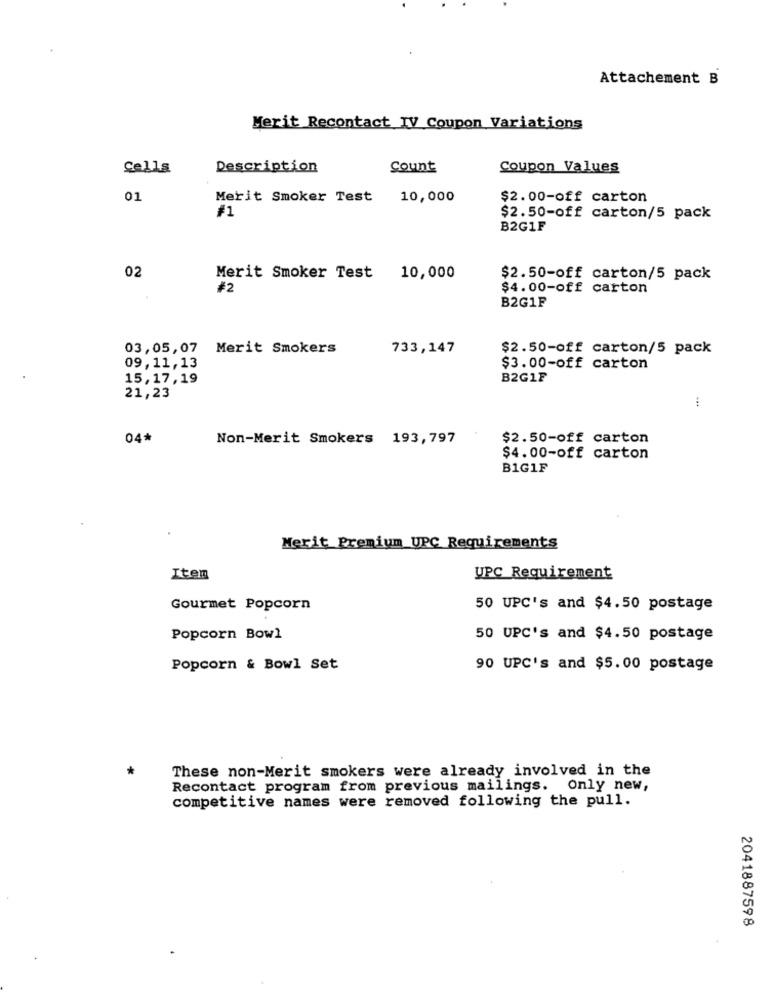
Attachement B
Merit Recontact IV Coupon Variations
Cells
Description
Count
Coupon Values
01
Merit Smoker Test 10,000
$2.00-off carton
#1
$2.50-off carton/5 pack
B2G1F
02
Merit Smoker Test 10,000
$2.50-off carton/5 pack
#2
$4.00-off carton
B2G1F
03,05,07 Merit Smokers
733,147
$2.50-off carton/5 pack
09,11, 13
$3.00-off carton
15,17,19
B2G1F
21,23
04*
Non-Merit Smokers 193,797
$2.50-off carton
$4.00-off carton
B1G1F
Merit Premium UPC Requirements
Item
UPC Requirement
Gourmet Popcorn
50 UPC's and $4.50 postage
Popcorn Bowl
50 UPC's and $4.50 postage
Popcorn & Bowl Set
90 UPC's and $5.00 postage
*
These non-Merit smokers were already involved in the
Recontact program from previous mailings. Only new,
competitive names were removed following the pull.
2041887598